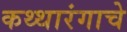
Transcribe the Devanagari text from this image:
कथ्थारंगाचे